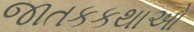
જાતકકથાઓ